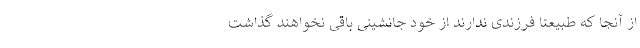
از آنجا که طبیعتا فرزندی ندارند از خود جانشینی باقی نخواهند گذاشت